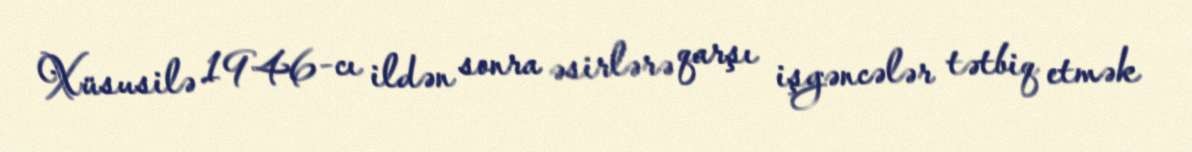
Xüsusilə 1946-cı ildən sonra əsirlərə qarşı işgəncələr tətbiq etmək